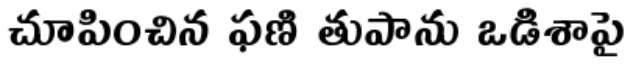
చూపించిన ఫణి తుపాను ఒడిశాపై